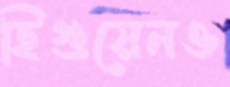
হিগুয়েনও